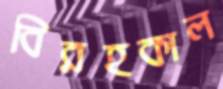
বিরহকাল